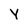
Character: Y